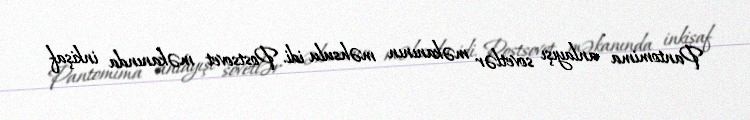
Pantomima anlayışı sovetlər məkanının məhsulu idi. Postsovet məkanında inkişaf